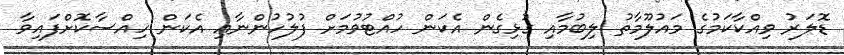
ޑޮލަރު ވިއްކާކަމުގެ މައުލޫމާތު ލިބުމާއި ގުޅިގެން އެކަން ހުއްޓުވުމަށް ފުލުހުންނާއި އެކަން ހިއްސާކޮށްފައިވާ